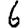
Digit: 6